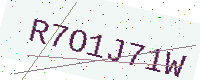
Text: R7O1J71W